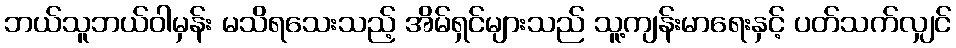
ဘယ်သူဘယ်ဝါမှန်း မသိရသေးသည့် အိမ်ရှင်များသည် သူ့ကျန်းမာရေးနှင့် ပတ်သက်လျှင်